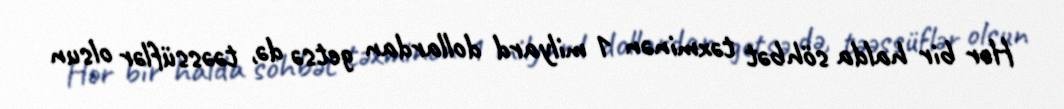
Hər bir halda söhbət təxminən 1 milyard dollardan getsə də, təəssüflər olsun